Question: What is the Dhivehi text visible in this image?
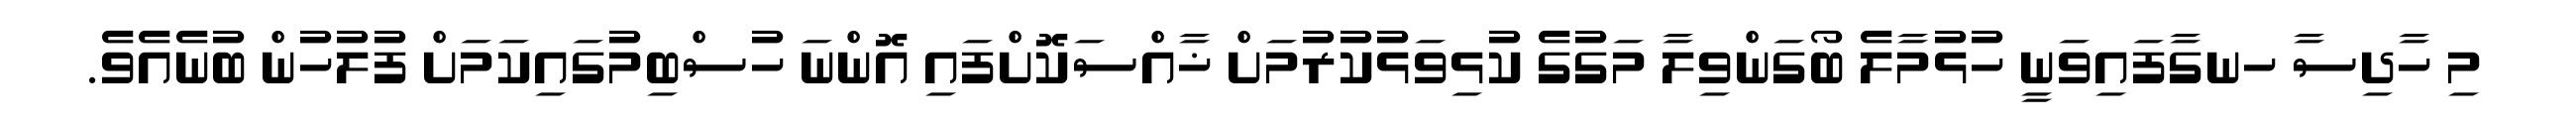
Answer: މި ހާދިސާ ހނގާފައިވަނީ ހުޅުމާލެ ބޯގަންވިލާ މަގުގެ ކުޅިވަޅުކުރުމަށް ޚާއްސަކޮށްފައި އޮންނަ ހުސްބިމުގައިކަމަށް ފުލުހުން ބުނެއެވެ.